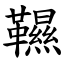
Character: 韅